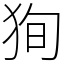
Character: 狥